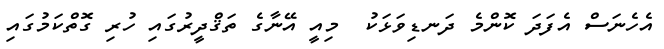
އެހެނަސް އެފަދަ ކޮންމެ ދަނޑިވަޅަކު  މިއީ އޭނާގެ ތަޤްދީރުގައި ހުރި ގޮތްކަމުގައި